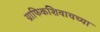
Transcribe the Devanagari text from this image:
ग्राफिकशिवायच्या